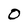
Character: 0